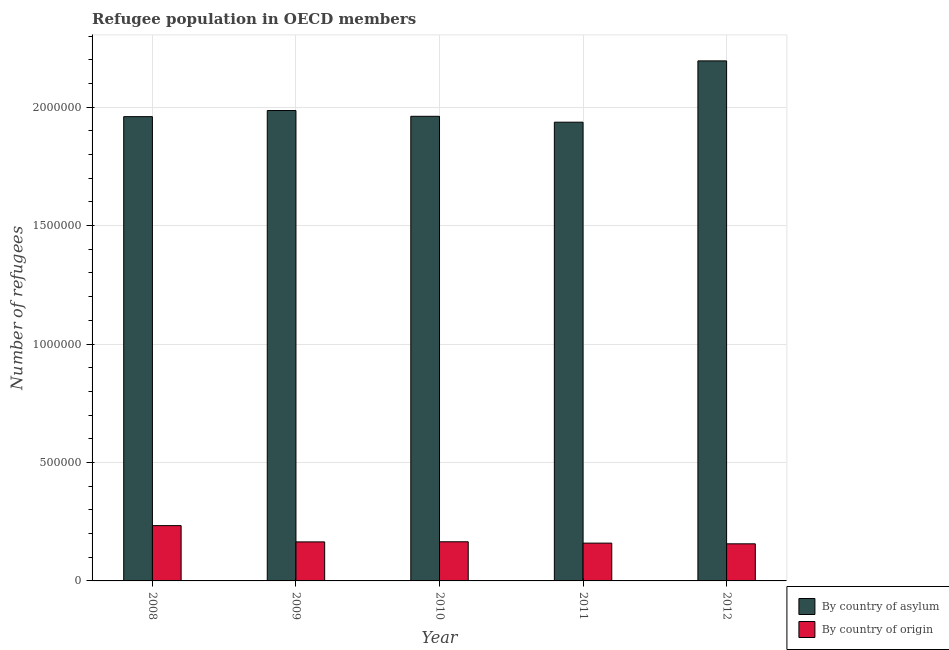
| Year | By country of asylum | By country of origin |
 | --- | --- | --- |
 | 2008 | 1.96e+06 | 2.33e+05 |
 | 2009 | 1.99e+06 | 1.65e+05 |
 | 2010 | 1.96e+06 | 1.65e+05 |
 | 2011 | 1.94e+06 | 1.6e+05 |
 | 2012 | 2.2e+06 | 1.57e+05 |